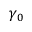
\gamma _ { 0 }